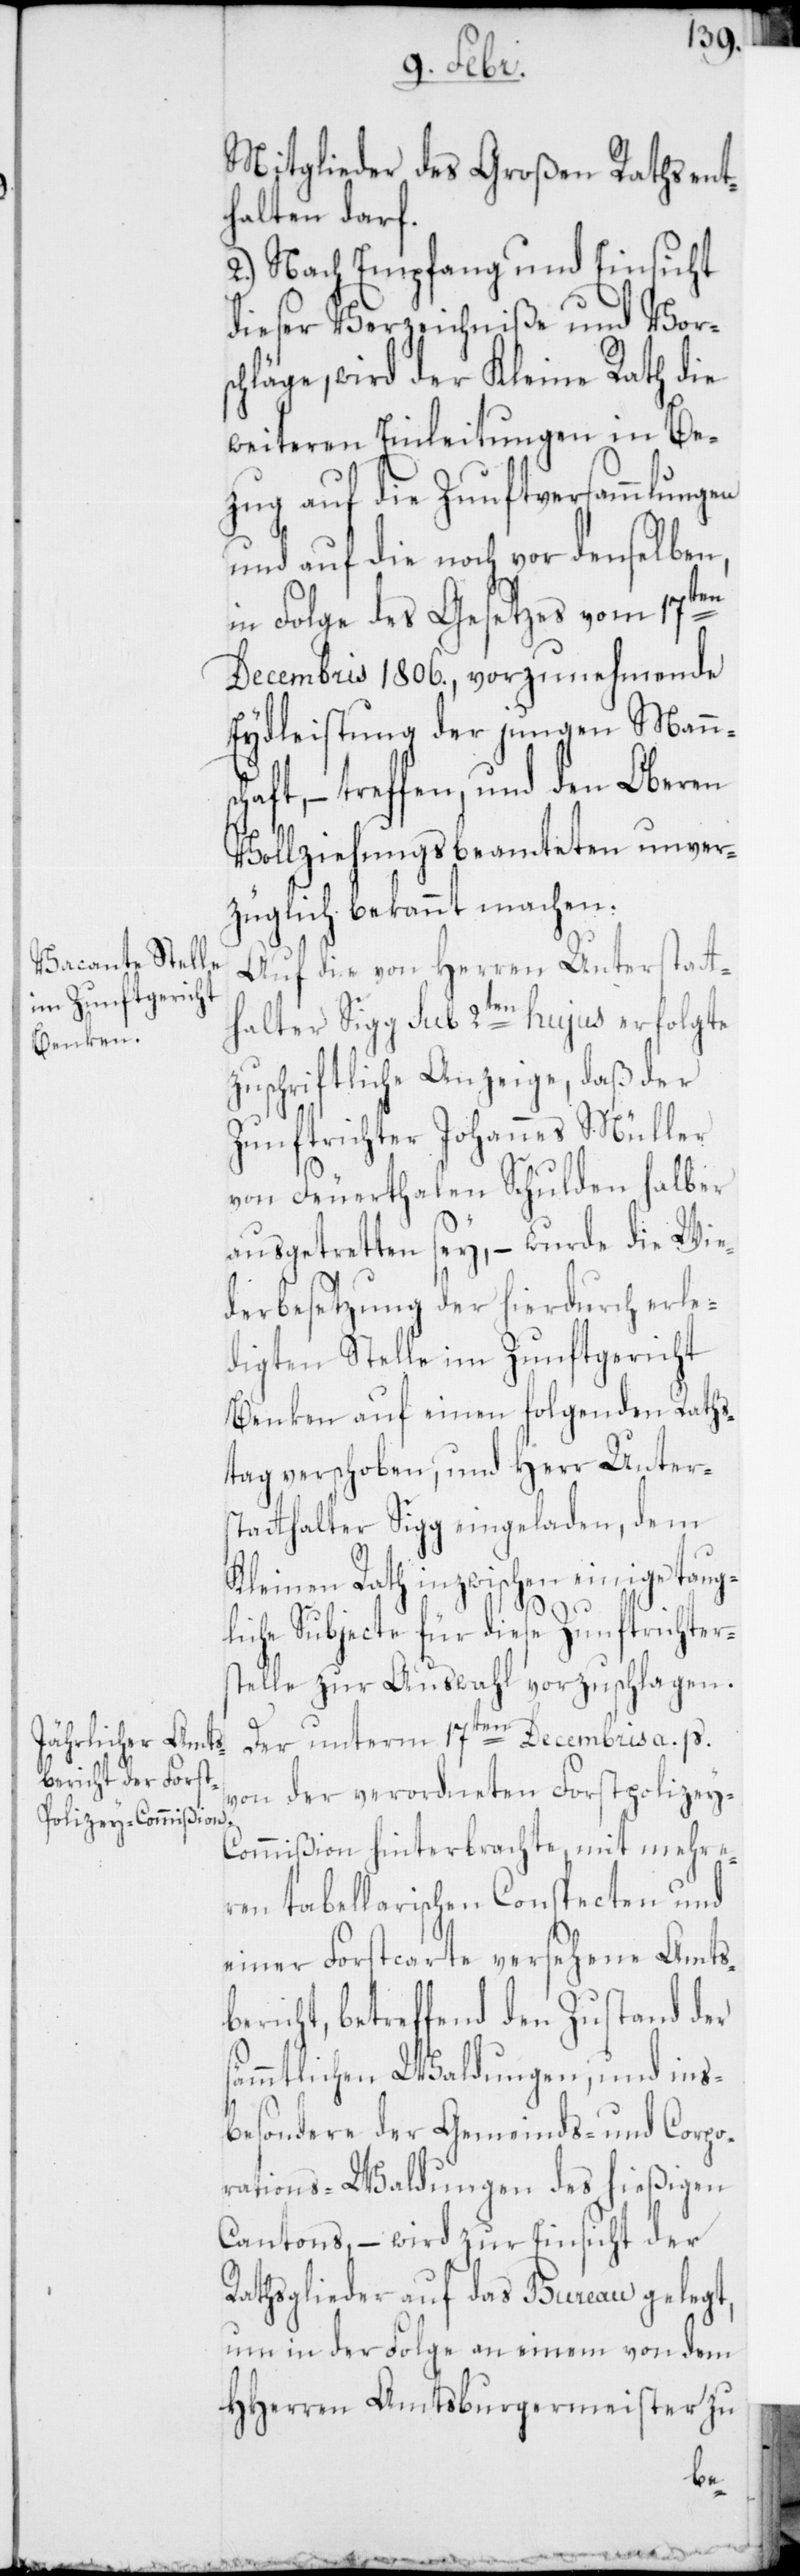
Mitglieder des Großen Raths ent¬
halten darf.
2.) Nach Empfang und Einsicht
dieser Verzeichniße und Vors¬
chläge, wird der Kleine Rath die
weiteren Einleitungen in Be¬
zug auf die Zunftversammlungen
und auf die noch vor denselben,
in Folge des Gesetzes vom 17ten
Decembris 1806., vorzunehmende
Eydleistung der jungen Manns¬
ft, – treffen, und den Oberen
Vollziehungs-Beamteten unver¬
züglich bekannt machen.
Auf die von Herren Unterstatt¬
halter Sigg sub 2ten hujus erfolgte
zuschriftliche Anzeige, daß der
Zunftrichter Johannes Müller
von Feuerthalen Schulden halber
ausgetretten sey, – wurde die Wie¬
derbesetzung der hierdurch erle¬
digten Stelle im Zunftgericht
Benken auf einen folgenden Raths¬
tag verschoben, und Herr Unter¬
statthalter Sigg eingeladen, dem
Kleinen Rath inzwischen einige taug¬
liche Subjecte für diese Zunftrichters¬
telle zur Auswahl vorzuschlagen.
Der unterm 17ten Decembris a. p.
von der verordneten Forstpolizey-C¬
ommißion hinterbrachte, mit mehre¬
ren tabellarischen Conspecten und
einer Forstcarte versehene Amts¬
bericht, betreffend den Zustand der
sämmtlichen Waldungen, und ins¬
besondere der Gemeinds- und Corpo¬
rations-Waldungen des hießigen
Cantons, – wird zur Einsicht der
Rathsglieder auf das Bureau gelegt,
um in der Folge an einem von dem
HHerren Amtsburgermeister zu
cha¬